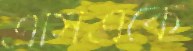
এসিএকে